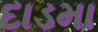
દાડમા